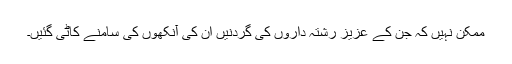
ممکن نہیں کہ جن کے عزیز رشتہ داروں کی گردنیں اُن کی آنکھوں کی سامنے کاٹی گئیں۔